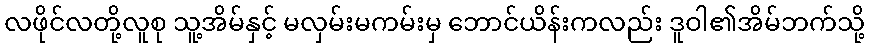
လဖိုင်လတို့လူစု သူ့အိမ်နှင့် မလှမ်းမကမ်းမှ ဘောင်ယိန်းကလည်း ဒူဝါ၏အိမ်ဘက်သို့